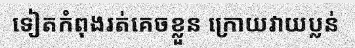
ទៀតកំពុងរត់គេចខ្លួន ក្រោយវាយប្លន់